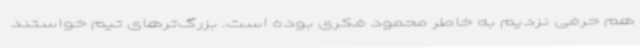
هم حرفی نزدیم به خاطر محمود فکری بوده است. بزرگ‌ترهای تیم خواستند